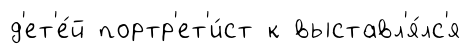
д'ет'е́й портр'ет'и́ст к выставл'я́лс'я